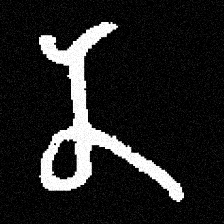
Pyu character \u2014 Myanmar letter: န (romanized: na)